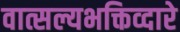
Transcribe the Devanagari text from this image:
वात्सल्यभक्तिव्दारे